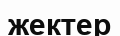
жектер